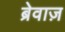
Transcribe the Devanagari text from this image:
ब्रेवाज़